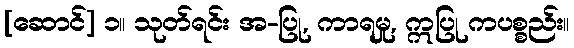
[ဆောင်] ၁။ သုတ်ရင်း အ-ပြု, ကာရမှု, ဣပြု ကပစ္စည်း။